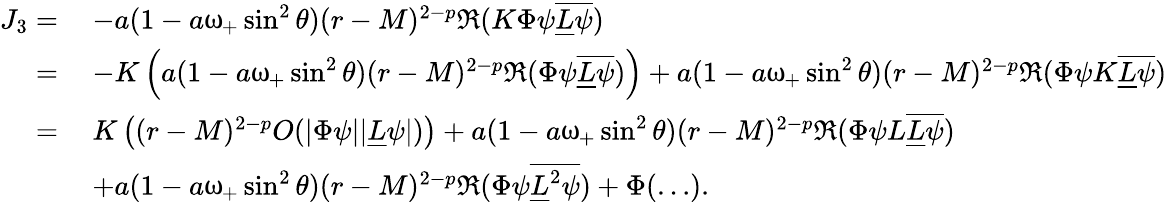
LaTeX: \begin{array}{rl}{J_{3}=}&{\: -a(1-a\upomega_{+}\sin^{2}\theta)(r-M)^{2-p}\Re(K\Phi\psi\overline{{\underline{{L}}\psi}})}\\ {=}&{\: -K\left(a(1-a\upomega_{+}\sin^{2}\theta)(r-M)^{2-p}\Re(\Phi\psi\overline{{\underline{{L}}\psi}})\right)+a(1-a\upomega_{+}\sin^{2}\theta)(r-M)^{2-p}\Re(\Phi\psi K\overline{{\underline{{L}}\psi}})}\\ {=}&{\: K\left((r-M)^{2-p}O(|\Phi\psi||\underline{{L}}\psi|)\right)+a(1-a\upomega_{+}\sin^{2}\theta)(r-M)^{2-p}\Re(\Phi\psi L\overline{{\underline{{L}}\psi}})}\\ &{\: +a(1-a\upomega_{+}\sin^{2}\theta)(r-M)^{2-p}\Re(\Phi\psi\overline{{\underline{{L}}^{2}\psi}})+\Phi(\ldots).}\end{array}